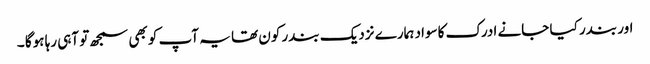
اور بندر کیا جانے ادرک کاسواد ہمارے نزدیک بندر کون تھا یہ آپ کو بھی سمجھ تو آہی رہا ہوگا ۔